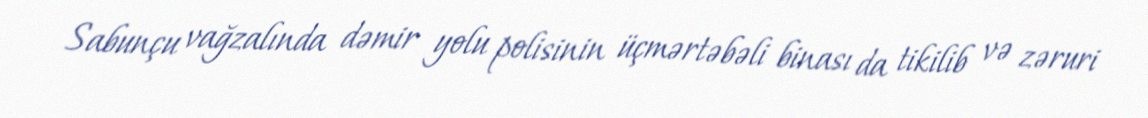
Sabunçu vağzalında dəmir yolu polisinin üçmərtəbəli binası da tikilib və zəruri